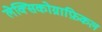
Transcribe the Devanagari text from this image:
लेक्सिकोग्राफ़िकल